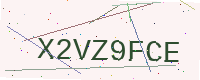
Text: X2VZ9FCE